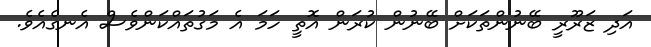
އަދި ޒަރޫރީ ބޭނުންތަކަށް ބޭނުން ކުރަން އޮތީ ހަމަ އެ މަގުތައްކަންވެސް އެނގެއެވެ.